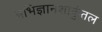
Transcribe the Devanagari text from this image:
अभिज्ञानशाकुंतल